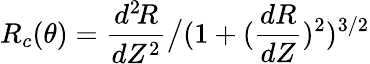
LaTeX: R_{c}(\theta)=\frac{d^{2}\! R}{dZ^{2}}\big/(1+(\frac{dR}{dZ})^{2})^{3/2}